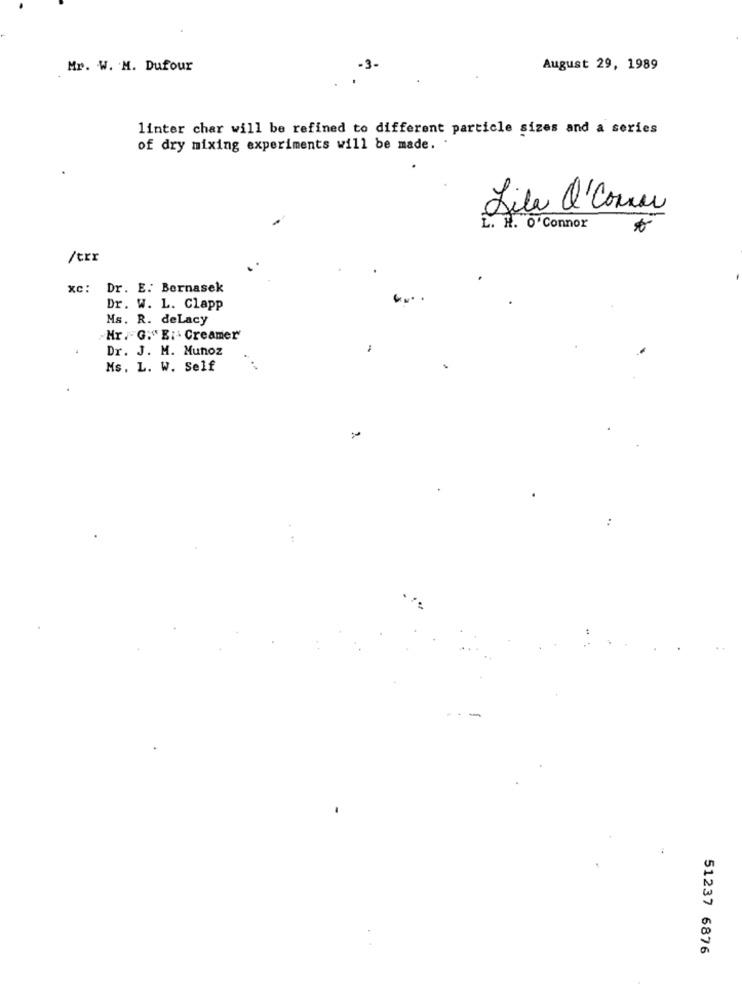
Mr. W. M. Dufour
-3-
August 29, 1989
linter char will be refined to different particle sizes and a series
of dry mixing experiments will be made.
Lila Q'Come
L. H. O'Connor
/trx
xc: Dr. E. Bernasek
Dr. W. L. Clapp
Ms. R. deLacy
Hr .- G:" E: - Creamer'
Dr. J. M. Munoz
Ms. L. W. Self
51237 6876